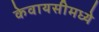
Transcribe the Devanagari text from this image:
केवायसीमध्ये